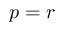
p = r